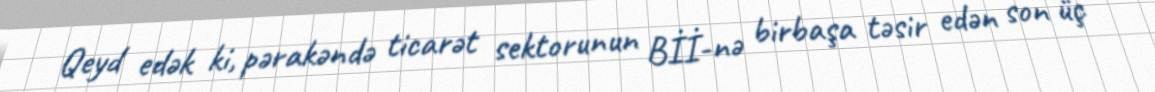
Qeyd edək ki, pərakəndə ticarət sektorunun Bİİ-nə birbaşa təsir edən son üç